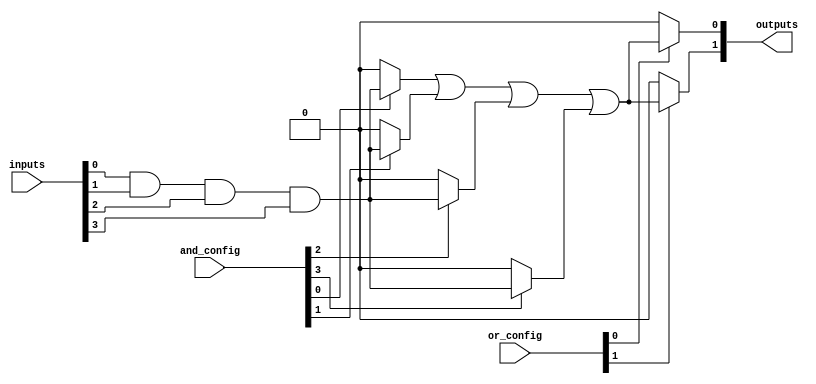
module PLA #(parameter NUM_INPUTS = 4, // Number of inputs (A1, A2, ..., An)
              parameter NUM_ANDS = 4,   // Number of AND gates (product terms)
              parameter NUM_OUTPUTS = 2) // Number of outputs (F1, F2, ..., Fm)
(
    input  wire [NUM_INPUTS-1:0] inputs,   // Input lines
    input  wire [NUM_ANDS-1:0] and_config,  // AND gate configuration (for example, 1: program connection, 0: no connection)
    input  wire [NUM_OUTPUTS-1:0] or_config, // OR gate configuration (same as above)
    output wire [NUM_OUTPUTS-1:0] outputs    // Output lines
);

// AND Plane
wire [NUM_ANDS-1:0] and_out; // Outputs from AND gates

genvar i, j;

// Generate AND gate logic based on the configuration
generate
    for (i = 0; i < NUM_ANDS; i = i + 1) begin : and_gate
        // Each AND gate will receive a combination of inputs based on the configuration
        assign and_out[i] = (and_config[i]) ? 
                            (inputs[0] & inputs[1] & inputs[2] & inputs[3]) : 0; // Example: all inputs connected
    end
endgenerate

// OR Plane
generate
    for (j = 0; j < NUM_OUTPUTS; j = j + 1) begin : or_gate
        // Each OR gate will combine the outputs of the AND gates based on the configuration
        assign outputs[j] = (or_config[j]) ? 
                            (and_out[0] | and_out[1] | and_out[2] | and_out[3]) : 0; // Example: all AND outputs connected
    end
endgenerate

endmodule